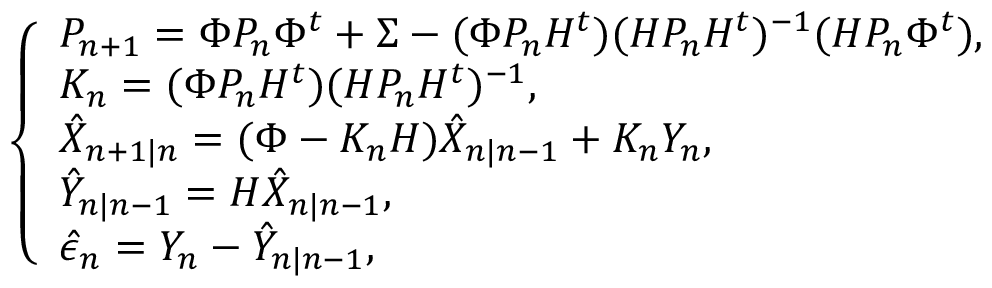
\begin{array} { r } { \left\{ \begin{array} { l l } { P _ { n + 1 } = \Phi P _ { n } \Phi ^ { t } + \Sigma - ( \Phi P _ { n } H ^ { t } ) ( H P _ { n } H ^ { t } ) ^ { - 1 } ( H P _ { n } \Phi ^ { t } ) , } \\ { K _ { n } = ( \Phi P _ { n } H ^ { t } ) ( H P _ { n } H ^ { t } ) ^ { - 1 } , } \\ { \hat { X } _ { n + 1 | n } = ( \Phi - K _ { n } H ) \hat { X } _ { n | n - 1 } + K _ { n } Y _ { n } , } \\ { \hat { Y } _ { n | n - 1 } = H \hat { X } _ { n | n - 1 } , } \\ { \hat { \epsilon } _ { n } = Y _ { n } - \hat { Y } _ { n | n - 1 } , } \end{array} \right. } \end{array}